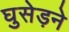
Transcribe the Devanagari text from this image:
घुसेड़ने